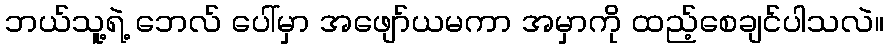
ဘယ်သူ့ရဲ့ ဘေလ် ပေါ်မှာ အဖျော်ယမကာ အမှာကို ထည့်စေချင်ပါသလဲ။